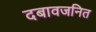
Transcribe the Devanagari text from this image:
दबावजनित